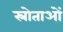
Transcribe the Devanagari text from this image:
स्रोताओं